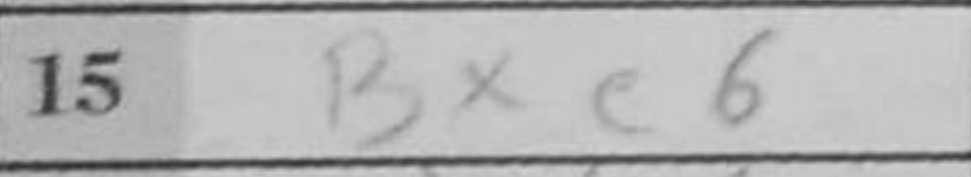
Transcription: Bxe6